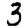
Digit: 3